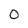
Character: O